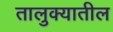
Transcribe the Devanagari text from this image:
तालु़क्यातील